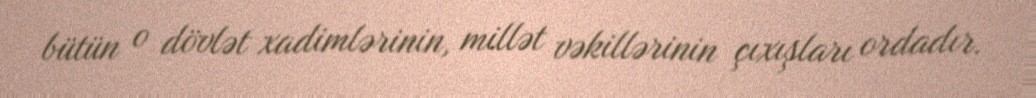
bütün o dövlət xadimlərinin, millət vəkillərinin çıxışları ordadır.